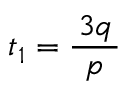
t _ { 1 } = { \frac { \, 3 q \, } { p } }